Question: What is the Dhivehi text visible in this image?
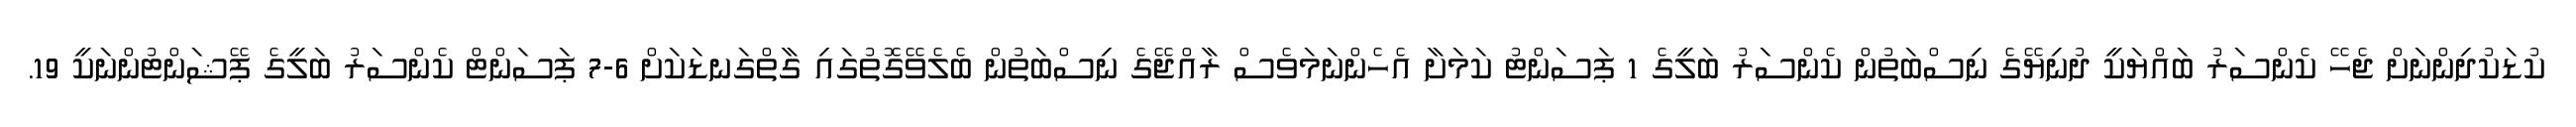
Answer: ކުޑަކުދިންނަށް ޖެހޭ ކެންސަރު ބައްޔަކީ ދުނިޔޭގެ ނިސްބަތުން ކެންސަރު ބަލީގެ 1 ޕަސަންޓު ކަމަށާ އެހެންނަމަވެސް ރާއްޖޭގެ ނިސްބަތުން ބެލެވޭގޮތުގައި ގާތްގަނޑަކަށް 6-7 ޕަސަންޓް ކެންސަރު ބަލީގެ ޕޭޝަންޓުންނަކީ 19.